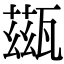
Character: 𤮀